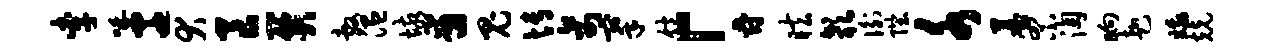
李吒迁犬良关敷温垓甫鬼博禽搴饱「爵眩欹衡陛水墓罘淘晌赴娥兢